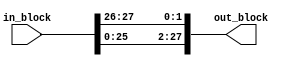
module rotate_2(in_block, out_block);

        input [27:0] in_block;
        output [27:0] out_block;

        assign out_block = {in_block[25:0], in_block[27:26]};

endmodule